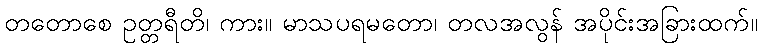
တတောစေ ဥတ္တရီတိ၊ ကား။ မာသပရမတော၊ တလအလွန် အပိုင်းအခြားထက်။